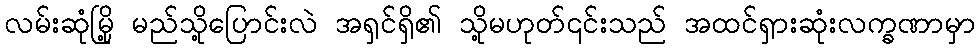
လမ်းဆုံမြို့ မည်သို့ပြောင်းလဲ အရှင်ရှိ၏ သို့မဟုတ်၎င်းသည် အထင်ရှားဆုံးလက္ခဏာမှာ